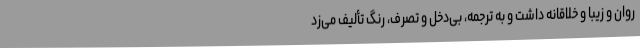
روان و زیبا و خلاقانه داشت و به ترجمه، بی‌دخل و تصرف، رنگ تألیف می‌زد